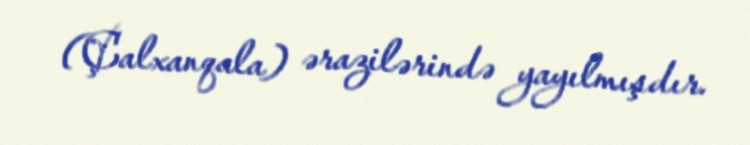
(Çalxanqala) ərazilərində yayılmışdır.